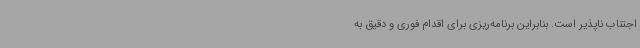
اجتناب ناپذیر است. بنابراین برنامه‌ریزی برای اقدام فوری و دقیق به